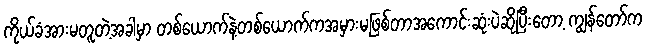
ကိုယ်ခံအားမတူတဲ့အခါမှာ တစ်ယောက်နဲ့တစ်ယောက်ကအမှားမဖြစ်တာအကောင်းဆုံးပဲဆိုပြီးတော့ ကျွန်တော်က